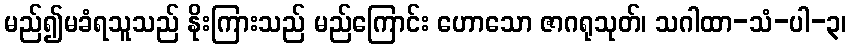
မည်၍မခံရသူသည် နိုးကြားသည် မည်ကြောင်း ဟောသော ဇာဂရုသုတ်၊ သဂါထာ-သံ-ပါ-၃၊